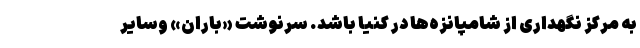
به مرکز نگهداری از شامپانزه‌ها در کنیا باشد. سرنوشت «باران» وسایر